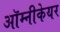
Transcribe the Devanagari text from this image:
ऑम्नीकेयर